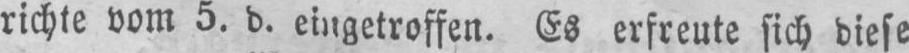
richte vom 5. d. eingetroffen. Es erfreute sich diese